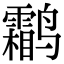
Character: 鹴